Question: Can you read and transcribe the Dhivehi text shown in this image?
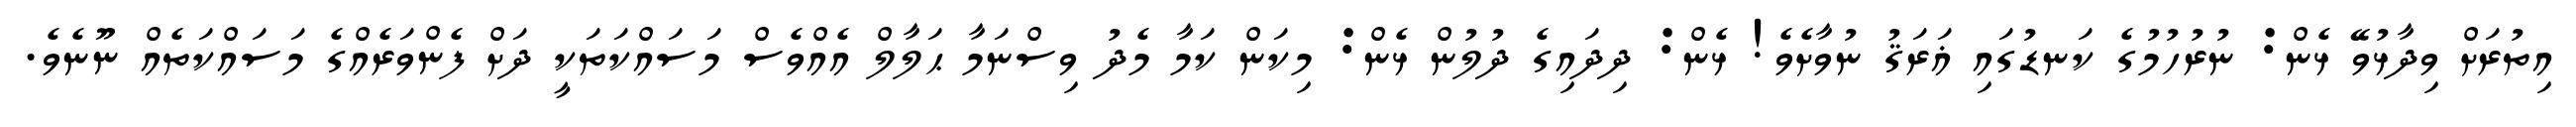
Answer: އިތުރަށް ވިދާޅުވޭ ޅެން: ނުރުހުމުގެ ކަނޑުގައި ޣަރަޤު ނުވާށެވެ! ޅެން: ދިދައިގެ ދުލުން ޅެން: މިކަން ކަމާ މެދު ވިސްނަމާ ޙަލާލް އެއްވެސް މަސައްކަތަކީ ދަށް ފެންވަރެއްގެ މަސައްކަތެއް ނޫނެވެ.